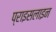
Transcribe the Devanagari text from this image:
प्राइसलाइन